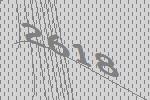
2618